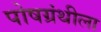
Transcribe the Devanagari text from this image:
पोषग्रंथीला